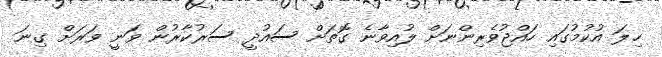
ހިލަ އުކުމުގައި ހައްޖުވެރިންނަށް ލުއިވާނެ ގޮތަށް ސައުދީ ސަރުކާރުން ވަނީ ވަރަށް ގިނަ